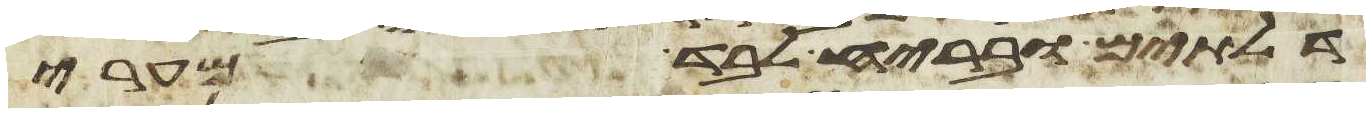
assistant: דלתים ובריח לבד מערי